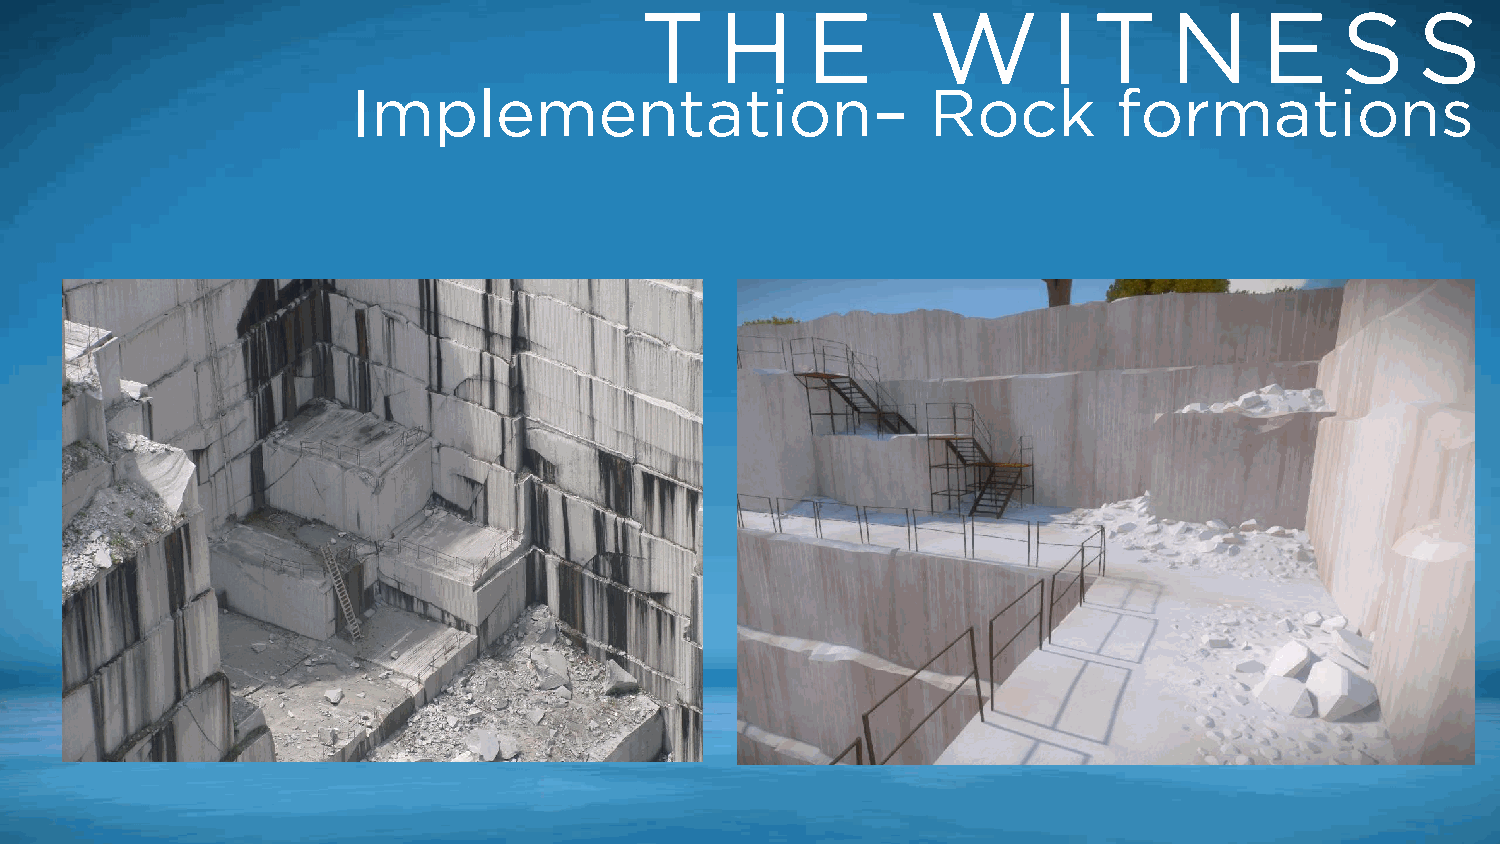
T     H    E       W        I T    N      E    S    S
 Implementation–                        Rock        formations